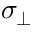
\sigma _ { \perp }